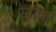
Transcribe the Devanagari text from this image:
स्वीया